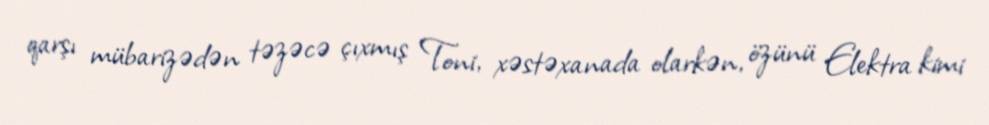
qarşı mübarizədən təzəcə çıxmış Toni, xəstəxanada olarkən, özünü Elektra kimi